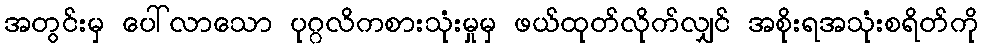
အတွင်းမှ ပေါ်လာသော ပုဂ္ဂလိကစားသုံးမှုမှ ဖယ်ထုတ်လိုက်လျှင် အစိုးရအသုံးစရိတ်ကို